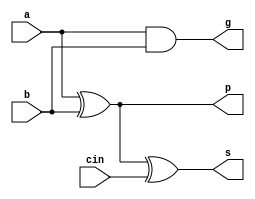
module cla_1b(s, cin, p, g, a, b);

	input a, b, cin;

	output s;
    output p;
    output g;

    wire p;
    wire g;

    xor(p, a, b);
    xor(s, p, cin);
    and(g, a, b);

	// output reg s;
    // output reg p;
    // output reg g;
	
    // always @(*) begin
    //     p = a ^ b;
    // 	s = p ^ cin;
    //     g = a & b;
    // end

endmodule